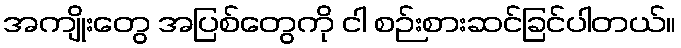
အကျိုးတွေ အပြစ်တွေကို ငါ စဉ်းစားဆင်ခြင်ပါတယ်။